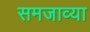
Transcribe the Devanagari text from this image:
समजाव्या